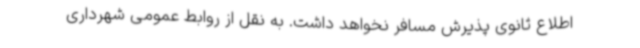
اطلاع ثانوی پذیرش مسافر نخواهد داشت. به نقل از روابط عمومی شهرداری